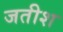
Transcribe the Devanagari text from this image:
जतीश